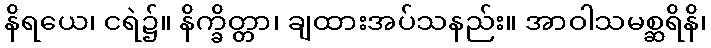
နိရယေ၊ ငရဲ၌။ နိက္ခိတ္တာ၊ ချထားအပ်သနည်း။ အာဝါသမစ္ဆရိနိ၊